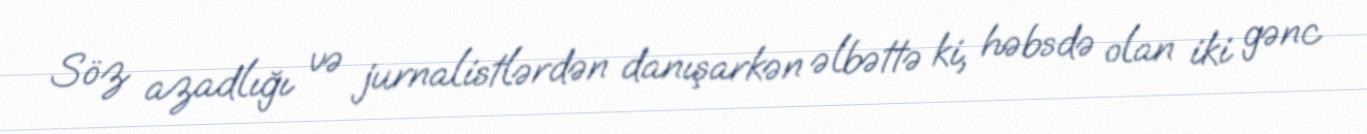
Söz azadlığı və jurnalistlərdən danışarkən əlbəttə ki, həbsdə olan iki gənc